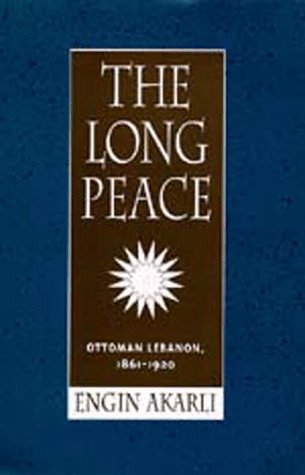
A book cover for The Long Peace: Ottoman Lebanon, 1861-1920; Engin Akarli; History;